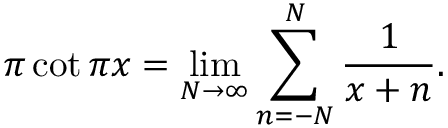
\pi \cot \pi x = \operatorname* { l i m } _ { N \to \infty } \sum _ { n = - N } ^ { N } { \frac { 1 } { x + n } } .